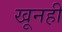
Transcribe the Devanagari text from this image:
खूनही